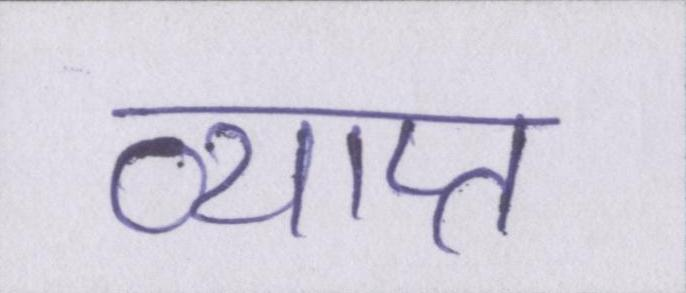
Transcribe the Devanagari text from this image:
व्याप्त